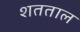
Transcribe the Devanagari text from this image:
शतताल